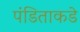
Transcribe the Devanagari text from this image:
पंडिताकडे